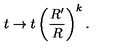
t \rightarrow t \left( \frac { R ^ { \prime } } { R } \right) ^ { k } .